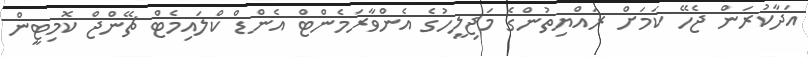
އަދާކުރަން ޖެހޭ ކަމަށް ރައްޔިތުންގެ މަޖިލީހުގެ އެންވާރަމެންޓް އެންޑް ކްލައިމެޓް ޗޭންޖް ކޮމިޓީން